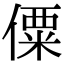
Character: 僳